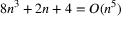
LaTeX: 8 n ^ { 3 } + 2 n + 4 = O ( n ^ { 5 } )